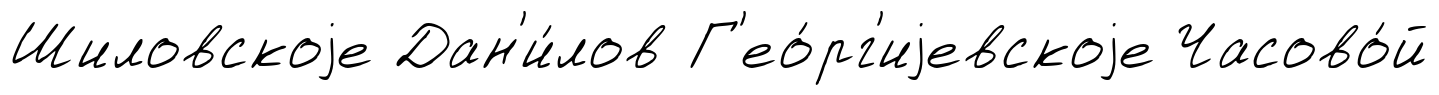
Шиловскоjе Дан'и́лов Г'ео́рг'иjевскоjе Часово́й